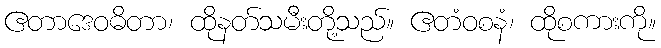
ဧတာဒေဝဓိတာ၊ ထိုနတ်သမီးတို့သည်။ ဧတံဝစနံ၊ ထိုစကားကို။